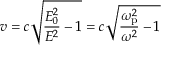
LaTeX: v = c { \sqrt { { \frac { E _ { 0 } ^ { 2 } } { E ^ { 2 } } } - 1 } } = c { \sqrt { { \frac { \omega _ { \mathrm { p } } ^ { 2 } } { \omega ^ { 2 } } } - 1 } }